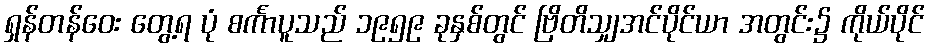
ရှန်တန်ဝေး တွေ့ရ ပုံ စင်္ကာပူသည် ၁၉၅၉ ခုနှစ်တွင် ဗြိတိသျှအင်ပိုင်ယာ အတွင်း၌ ကိုယ်ပိုင်